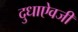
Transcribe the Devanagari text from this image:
दुधाऐवजी